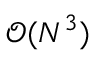
\mathcal { O } ( N ^ { 3 } )